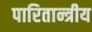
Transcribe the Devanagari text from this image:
पारितान्त्रीय